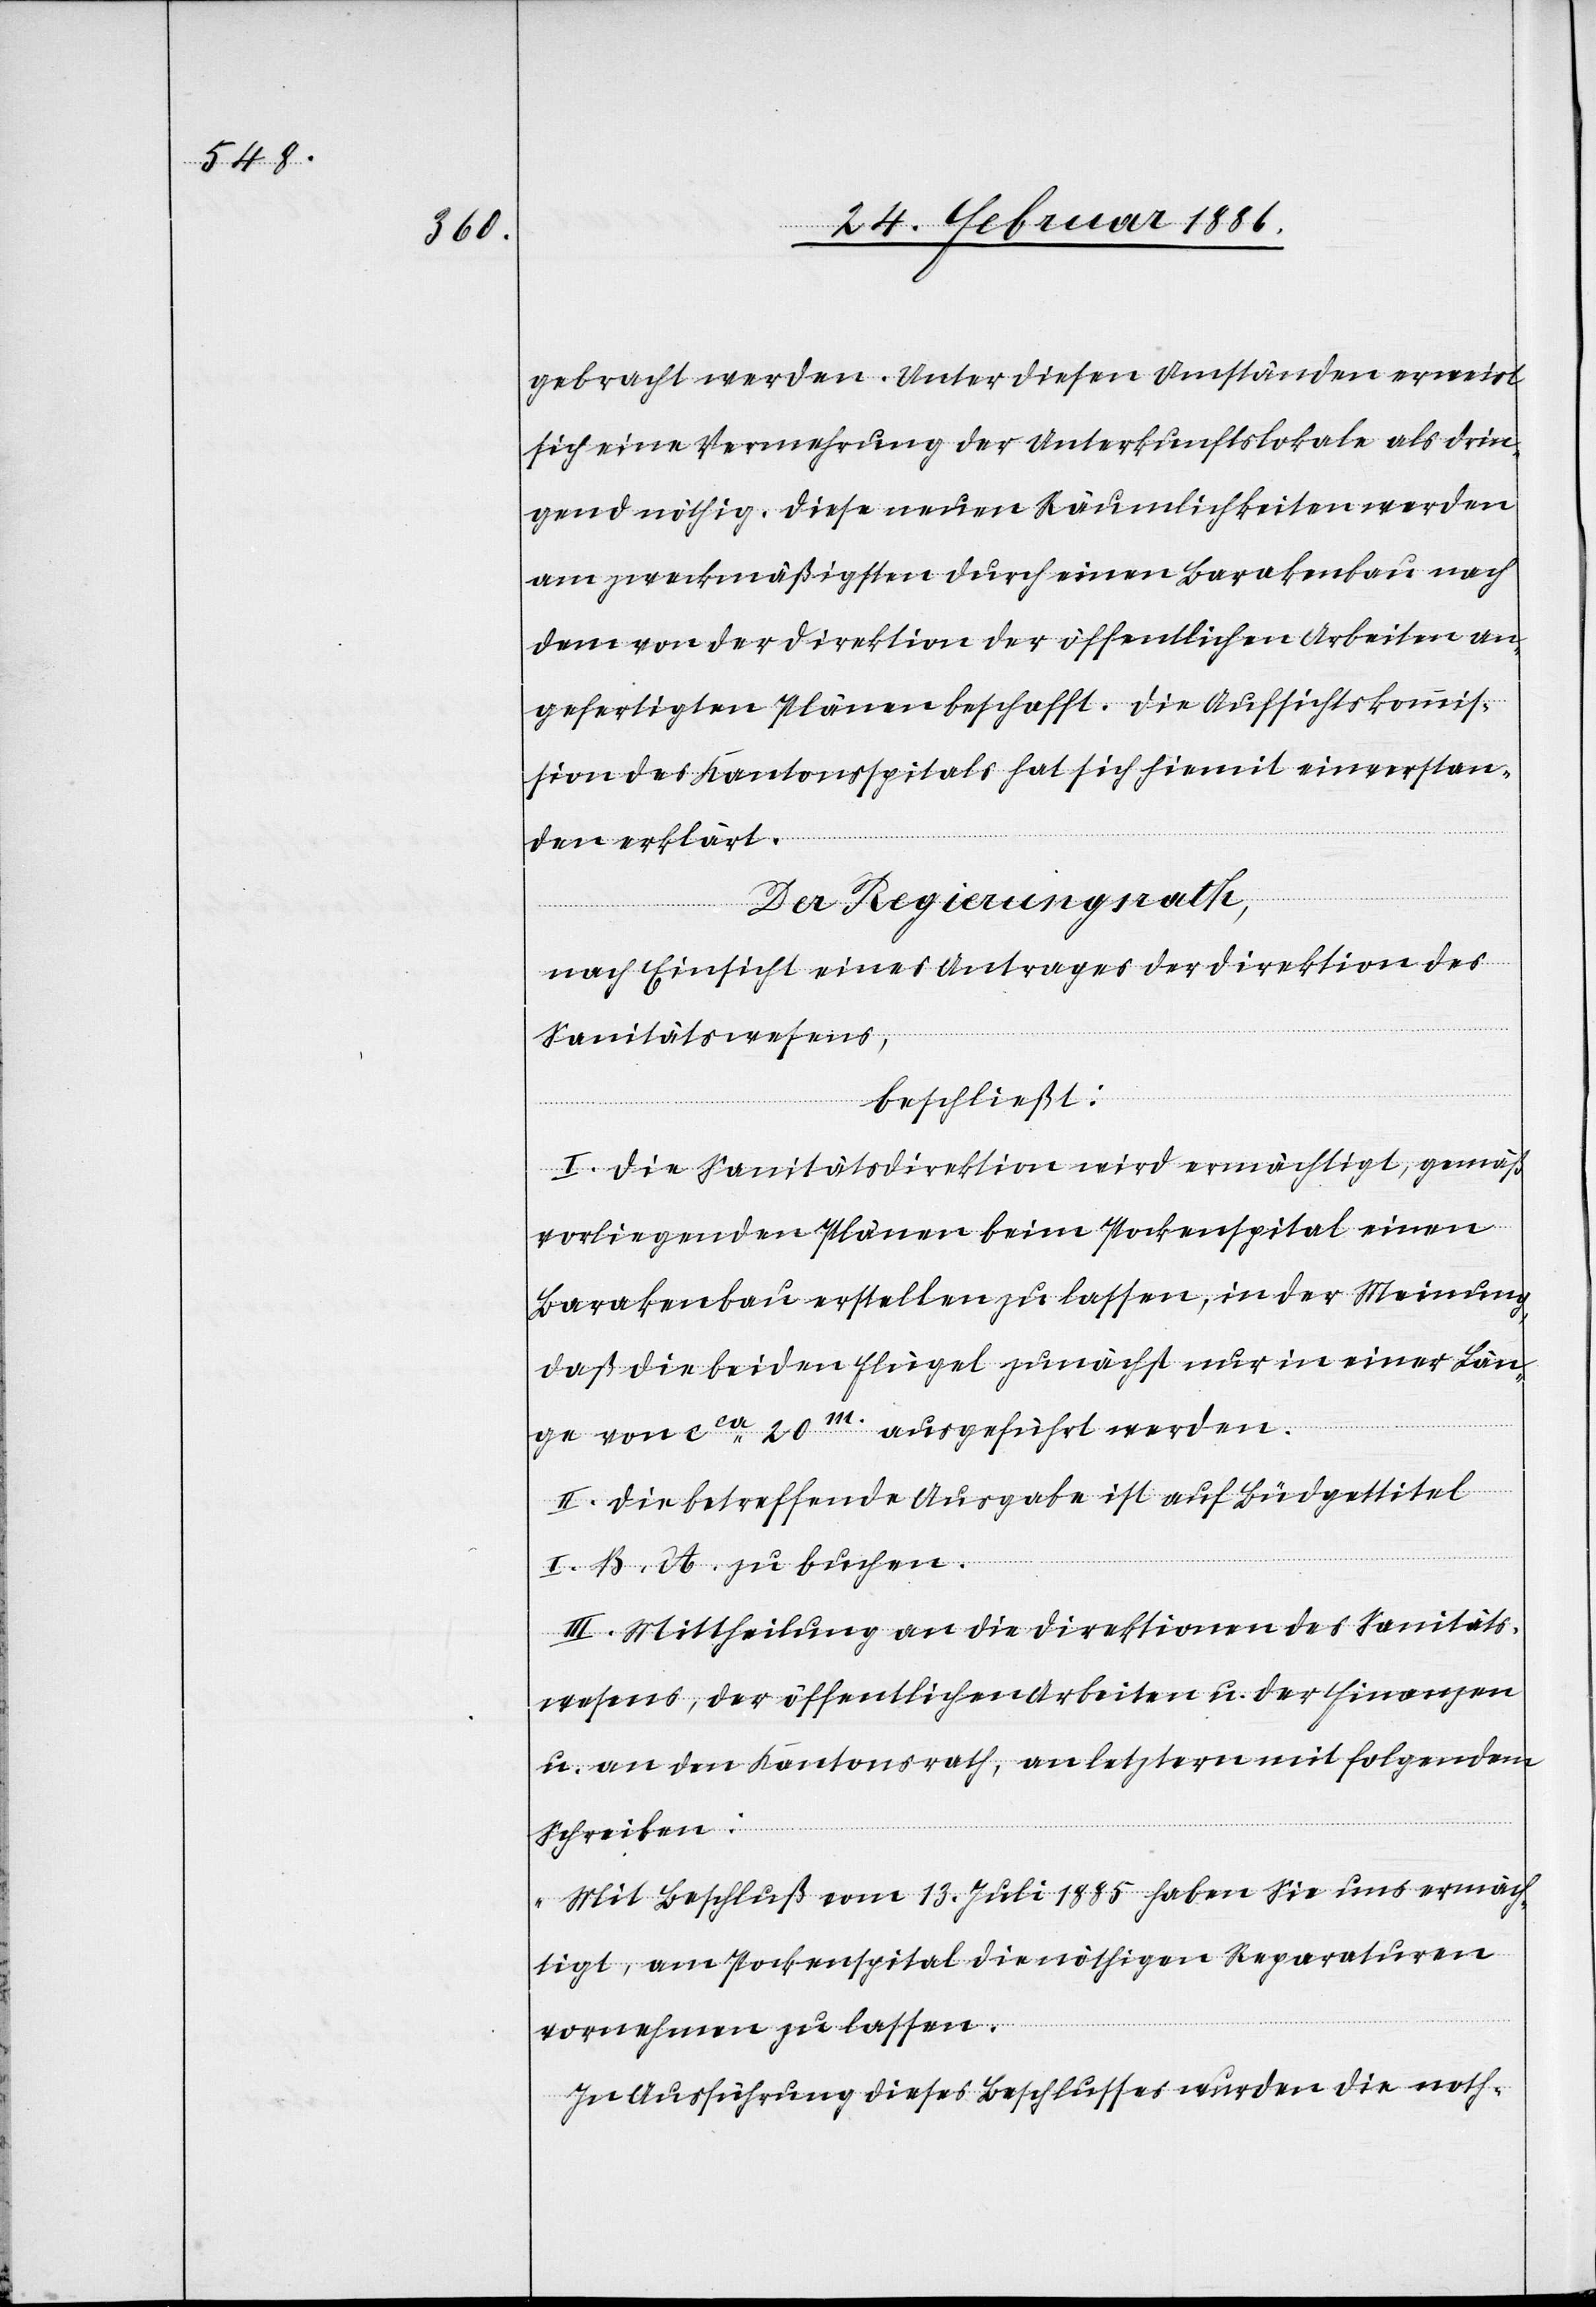
gebracht werden. Unter diesen Umständen eruirt
sich eine Vermehrung der Unterkunftslokale als drin¬
gend nöthig. Diese neuen Räumlichkeiten werden
am zweckmäßigsten durch einen Barakenbau nach
dem von der Direktion der öffentlichen Arbeiten an¬
gefertigten Plänen beschafft. Die Aufsichtskommis¬
sion des Kantonsspitals hat sich hiemit einverstan¬
den erklärt.
Der Regierungsrath,
nach Einsicht eines Antrages der Direktion des
Sanitätswesens,
beschließt:
I. Die Sanitätsdirektion wird ermächtigt, gemäß
vorliegenden Plänen beim Pockenspital einen
Barakenbau erstellen zu lassen, in der Meinung,
daß die beiden Flügel zunächst nur einer län¬
ge von cca 20m. ausgeführt werden.
II. Die betreffende Ausgaben ist auf Büdgettitel
I. B. A. zu buchen.
III. Mittheilung an die Direktionen des Sanitäts¬
wesens, der öffentlichen Arbeiten u. der Finanzen
u. an den Kantonsrath, an letztern mit folgendem
Schreiben:
„Mit Beschluß vom 13. Juli 1885 haben Sie uns ermäch¬
tigt, am Pockenspital die nöthigen Reparaturen
vornehmen zu lassen.
In Ausführung dieses Beschlusses wurden die noth-